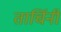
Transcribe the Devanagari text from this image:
तार्चिनी